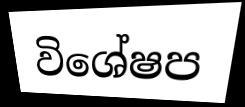
විශේෂප